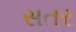
સતર